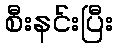
စီးနင်းပြီး